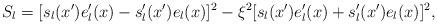
LaTeX: \begin{align*}S_l=[s_l(x')e'_l(x)-s_l'(x')e_l(x)]^2-\xi^2[s_l(x')e'_l(x)+s_l'(x')e_l(x)]^2,\end{align*}